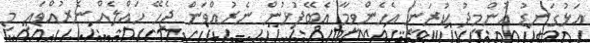
އަޅުގަނޑު އުންމީދު ކުރަނީ އެހެންވީމާ އެބޭފުޅުން ނެރުއްވަން ޖެހޭ ހައްލެއް ނެރުއްވައި މި